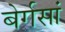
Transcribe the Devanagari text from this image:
बेर्गसां